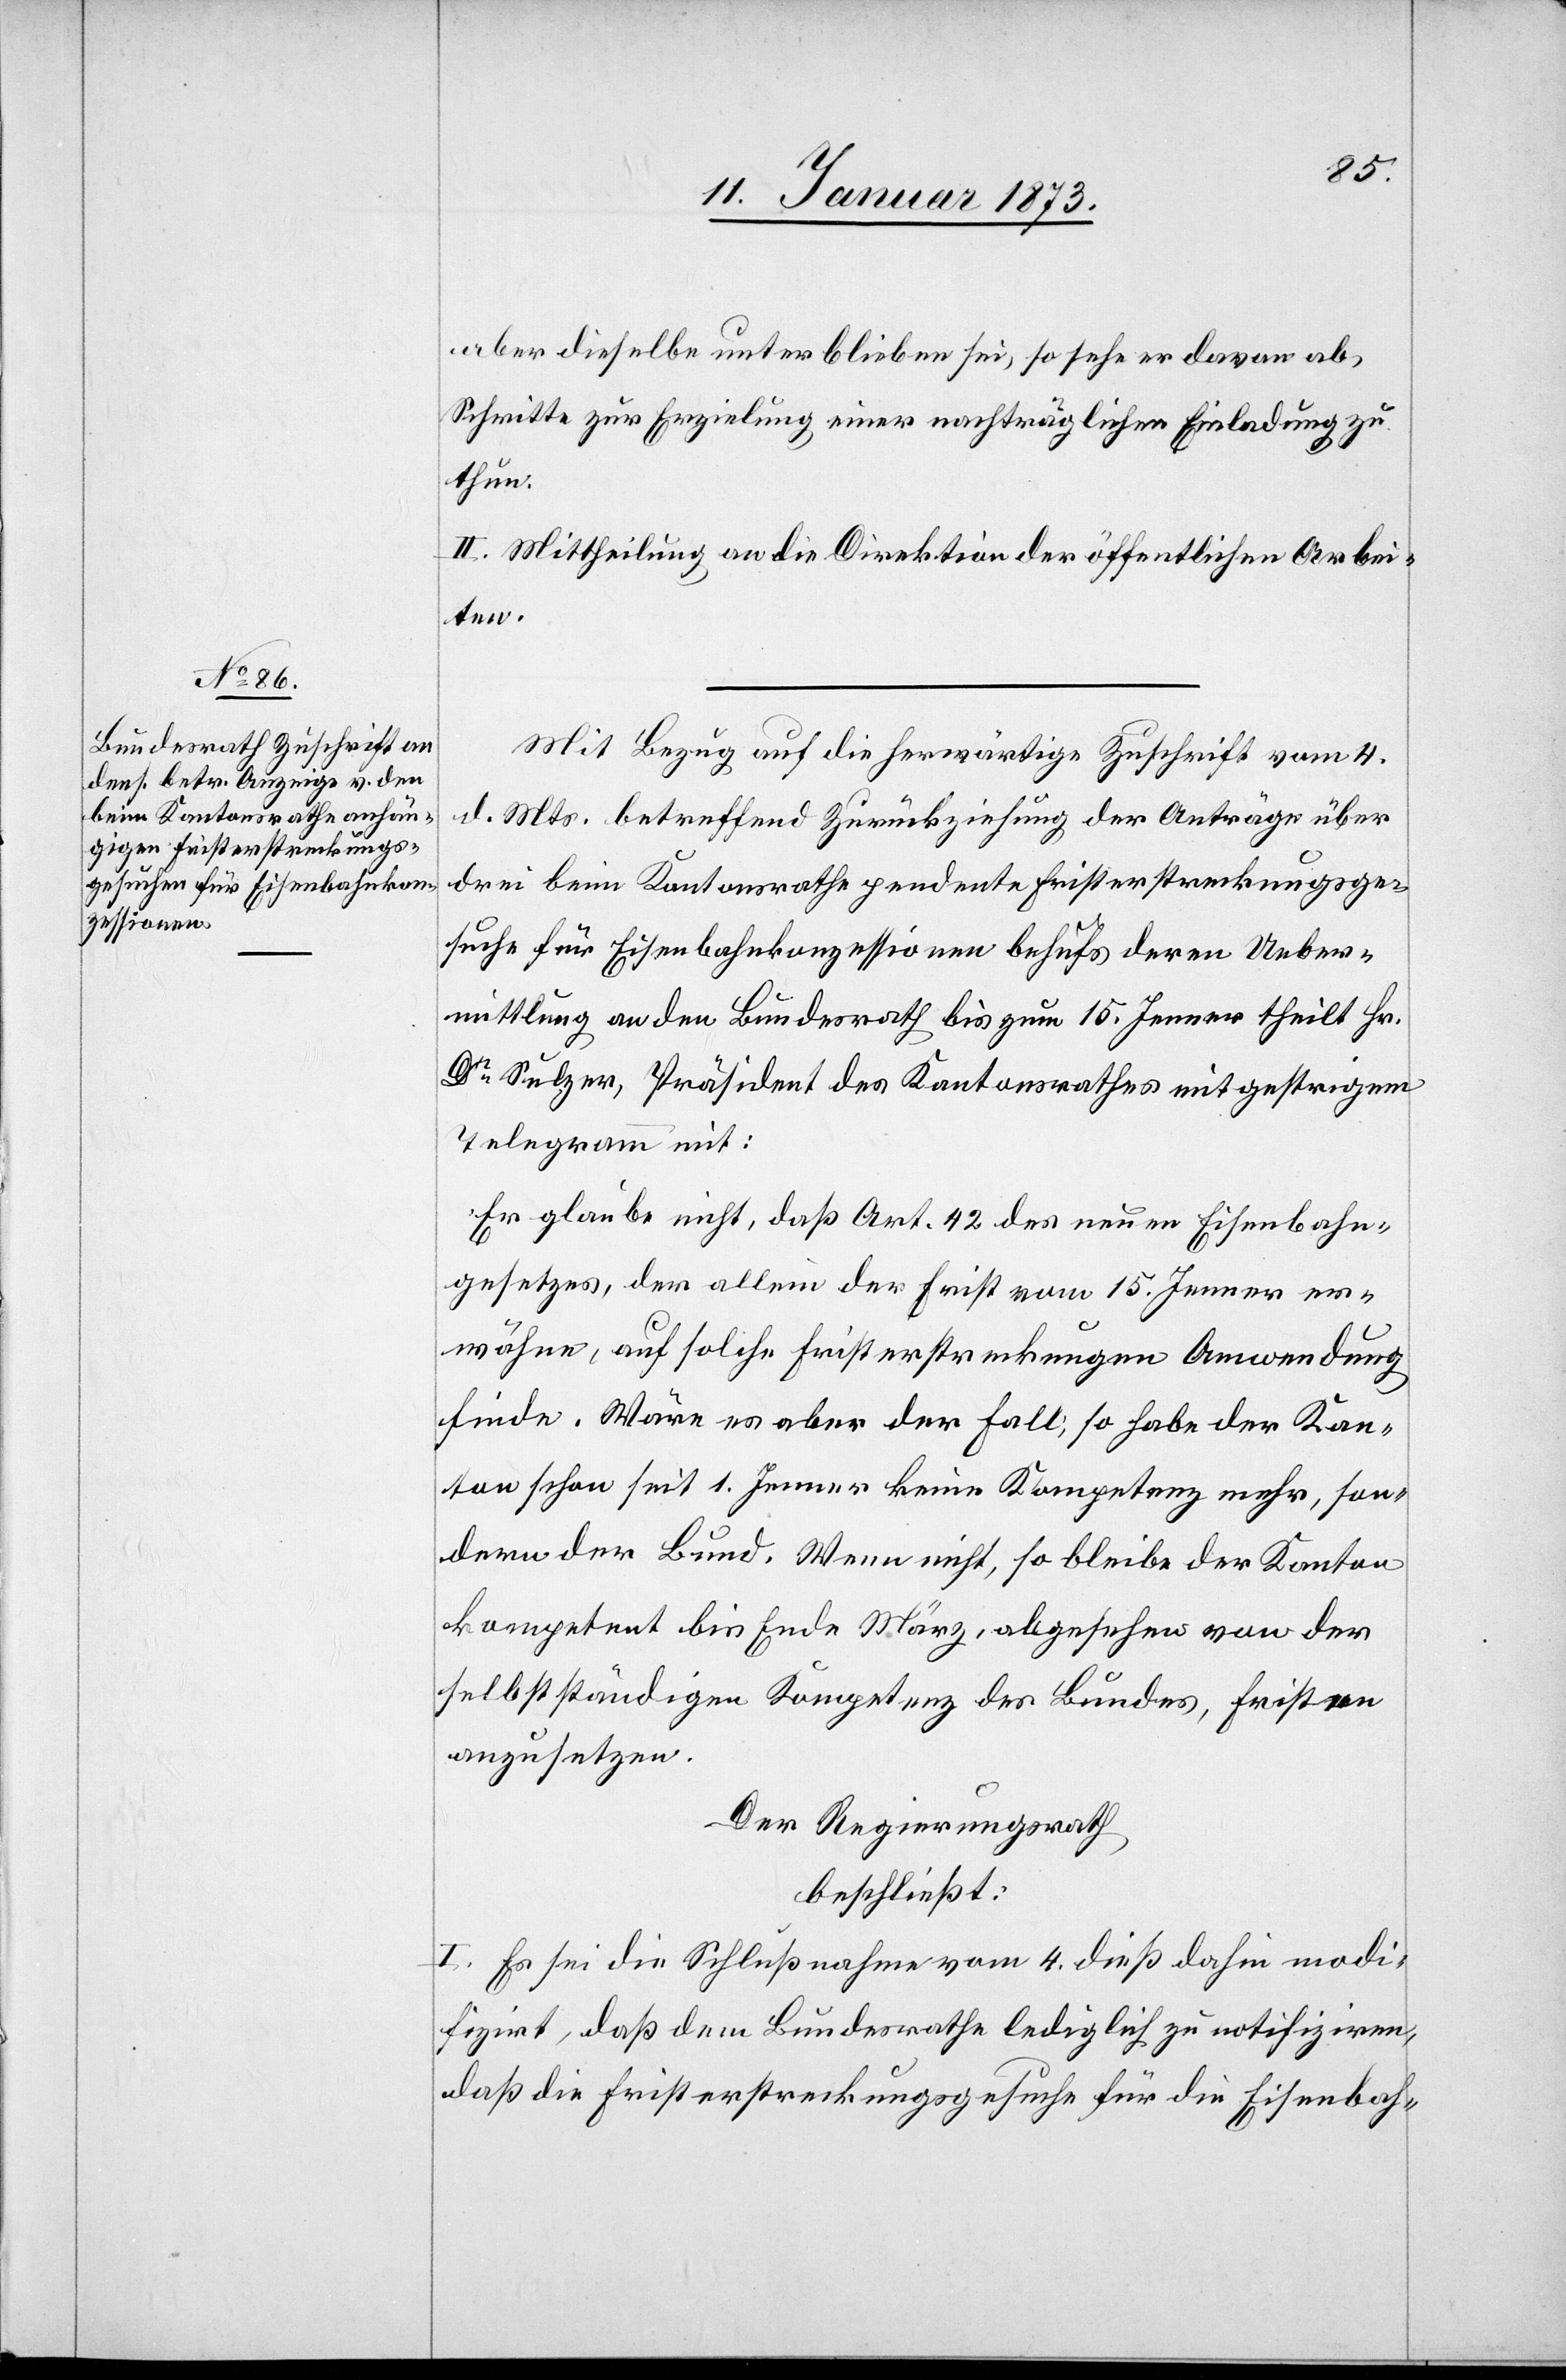
aber dieselbe unterblieben sei, so sehe er davon ab,
Schritte zur Erzielung einer nachträglichen Einladung zu
thun.
II. Mittheilung an die Direktion der öffentlichen Arbei¬
ten.
Mit Bezug auf die herwärtige Zuschrift vom 4.
d. Mts. betreffend Zurückziehung der Anträge über
drei beim Kantonsrath pendente Fristerstreckungsge¬
suche für Eisenbahnkonzessionen behufs deren Ueber¬
mittlung an den Bundesrath bis zum 15. Jenner theilt Hr.
Dr. Sulzer, Präsident des Kantonsrathes mit gestrigem
Telegramm mit:
Er glaube nicht, daß Art. 42 des neuen Eisenbahn¬
gesetzes, der allein der [sic!] Frist vom 15. Jenner er¬
wähne, auf solche Fristerstreckungen Anwendung
finde. Wäre es aber der Fall; so habe der Kan¬
ton schon seit 1. Jenner keine Kompetenz mehr, son¬
dern der Bund. Wenn nicht, so bliebe der Kanton
kompetent bis Ende März, abgesehen von der
selbstständigen Kompetenz des Bundes, Fristen
anzusetzen.
Der Regierungsrath
beschließt:
I. Es sei die Schlußnahme vom 4. dieß dahin modi¬
fizirt, daß dem Bundesrath lediglich zu ratifiziren,
daß die Fristerstreckungsgesuche für die Eisenbah-